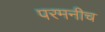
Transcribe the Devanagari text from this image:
परमनीच